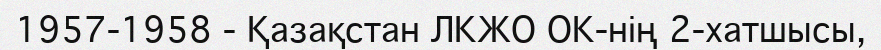
1957-1958 - Қазақстан ЛКЖО ОК-нің 2-хатшысы,